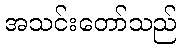
အသင်းတော်သည်